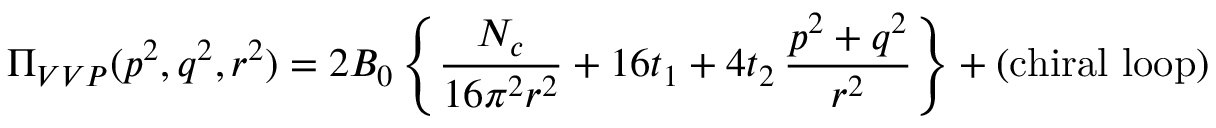
\Pi _ { V V P } ( p ^ { 2 } , q ^ { 2 } , r ^ { 2 } ) = 2 B _ { 0 } \left\{ { \frac { N _ { c } } { 1 6 \pi ^ { 2 } r ^ { 2 } } } + 1 6 t _ { 1 } + 4 t _ { 2 } \, { \frac { p ^ { 2 } + q ^ { 2 } } { r ^ { 2 } } } \right\} + ( \mathrm { c h i r a l \ l o o p } )